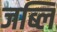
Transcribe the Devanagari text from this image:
जब्लि